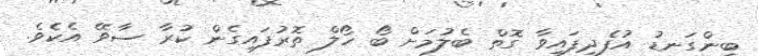
ބިންގަނޑު އުފެދިފައިވާ ގޮތް ބެލުމަށް ބޯ ހޯލް ތޮރުފައިގެން ކުރާ ސާވޭ އެކެވެ.